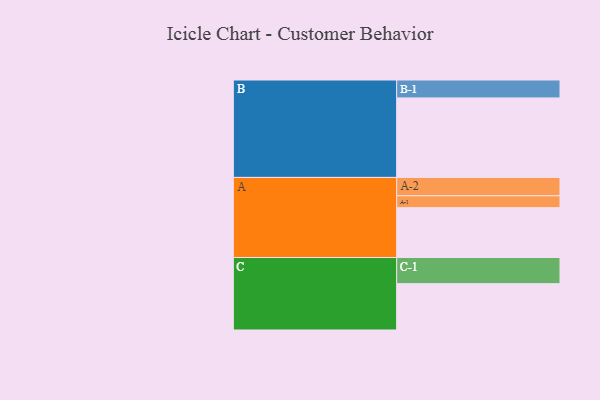
{"axis": {"x": "Segment", "y": "Value"}, "legend": ["", "A", "B", "C"], "data": [{"x": "A", "y": 356, "type": ""}, {"x": "B", "y": 568, "type": ""}, {"x": "C", "y": 331, "type": ""}, {"x": "A-1", "y": 85, "type": "A"}, {"x": "A-2", "y": 131, "type": "A"}, {"x": "B-1", "y": 128, "type": "B"}, {"x": "C-1", "y": 187, "type": "C"}]}